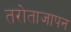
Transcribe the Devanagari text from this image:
तरोताजापन